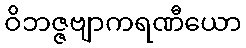
ဝိဘဇ္ဇဗျာကရဏီယော